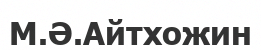
М.Ә.Айтхожин